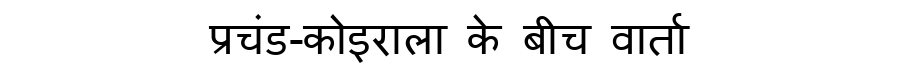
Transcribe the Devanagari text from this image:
प्रचंड-कोइराला के बीच वार्ता